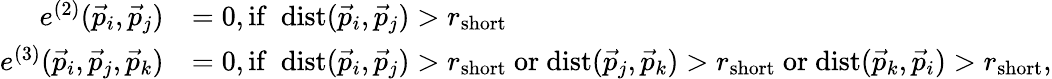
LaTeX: \begin{array}{rl}{e^{(2)}(\vec{p}_{i},\vec{p}_{j})}&{=0,\mathrm{if}\ \ \mathrm{dist}(\vec{p}_{i},\vec{p}_{j})>r_{\mathrm{short}}}\\ {e^{(3)}(\vec{p}_{i},\vec{p}_{j},\vec{p}_{k})}&{=0,\mathrm{if}\ \ \mathrm{dist}(\vec{p}_{i},\vec{p}_{j})>r_{\mathrm{short}}\ \mathrm{or}\ \mathrm{dist}(\vec{p}_{j},\vec{p}_{k})>r_{\mathrm{short}}\ \mathrm{or}\ \mathrm{dist}(\vec{p}_{k},\vec{p}_{i})>r_{\mathrm{short}},}\end{array}